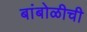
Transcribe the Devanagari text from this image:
बांबोळीची